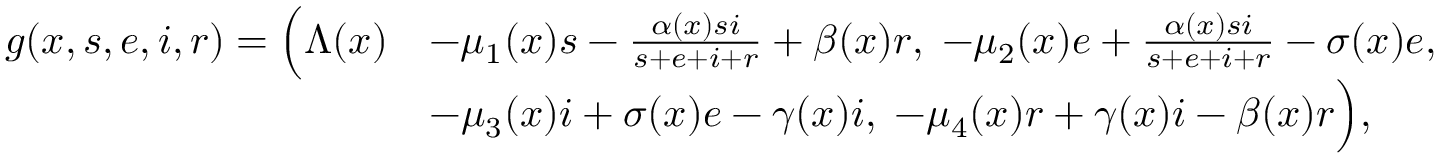
\begin{array} { r l } { g ( x , s , e , i , r ) = \Bigl ( \Lambda ( x ) } & { - \mu _ { 1 } ( x ) s - \frac { \alpha ( x ) s i } { s + e + i + r } + \beta ( x ) r , \; - \mu _ { 2 } ( x ) e + \frac { \alpha ( x ) s i } { s + e + i + r } - \sigma ( x ) e , \; } \\ & { - \mu _ { 3 } ( x ) i + \sigma ( x ) e - \gamma ( x ) i , \; - \mu _ { 4 } ( x ) r + \gamma ( x ) i - \beta ( x ) r \Bigr ) , } \end{array}